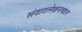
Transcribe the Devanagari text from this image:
संवादलेखनाबद्दल